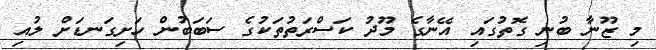
މި ޒޫނާ ބުނި ގޮތުގައި އޭނާގެ މޫދު ކަސްރަތުތަކުގެ ސަބަބުން ހަށިގަނޑަށް ލުއި